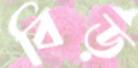
বিড়